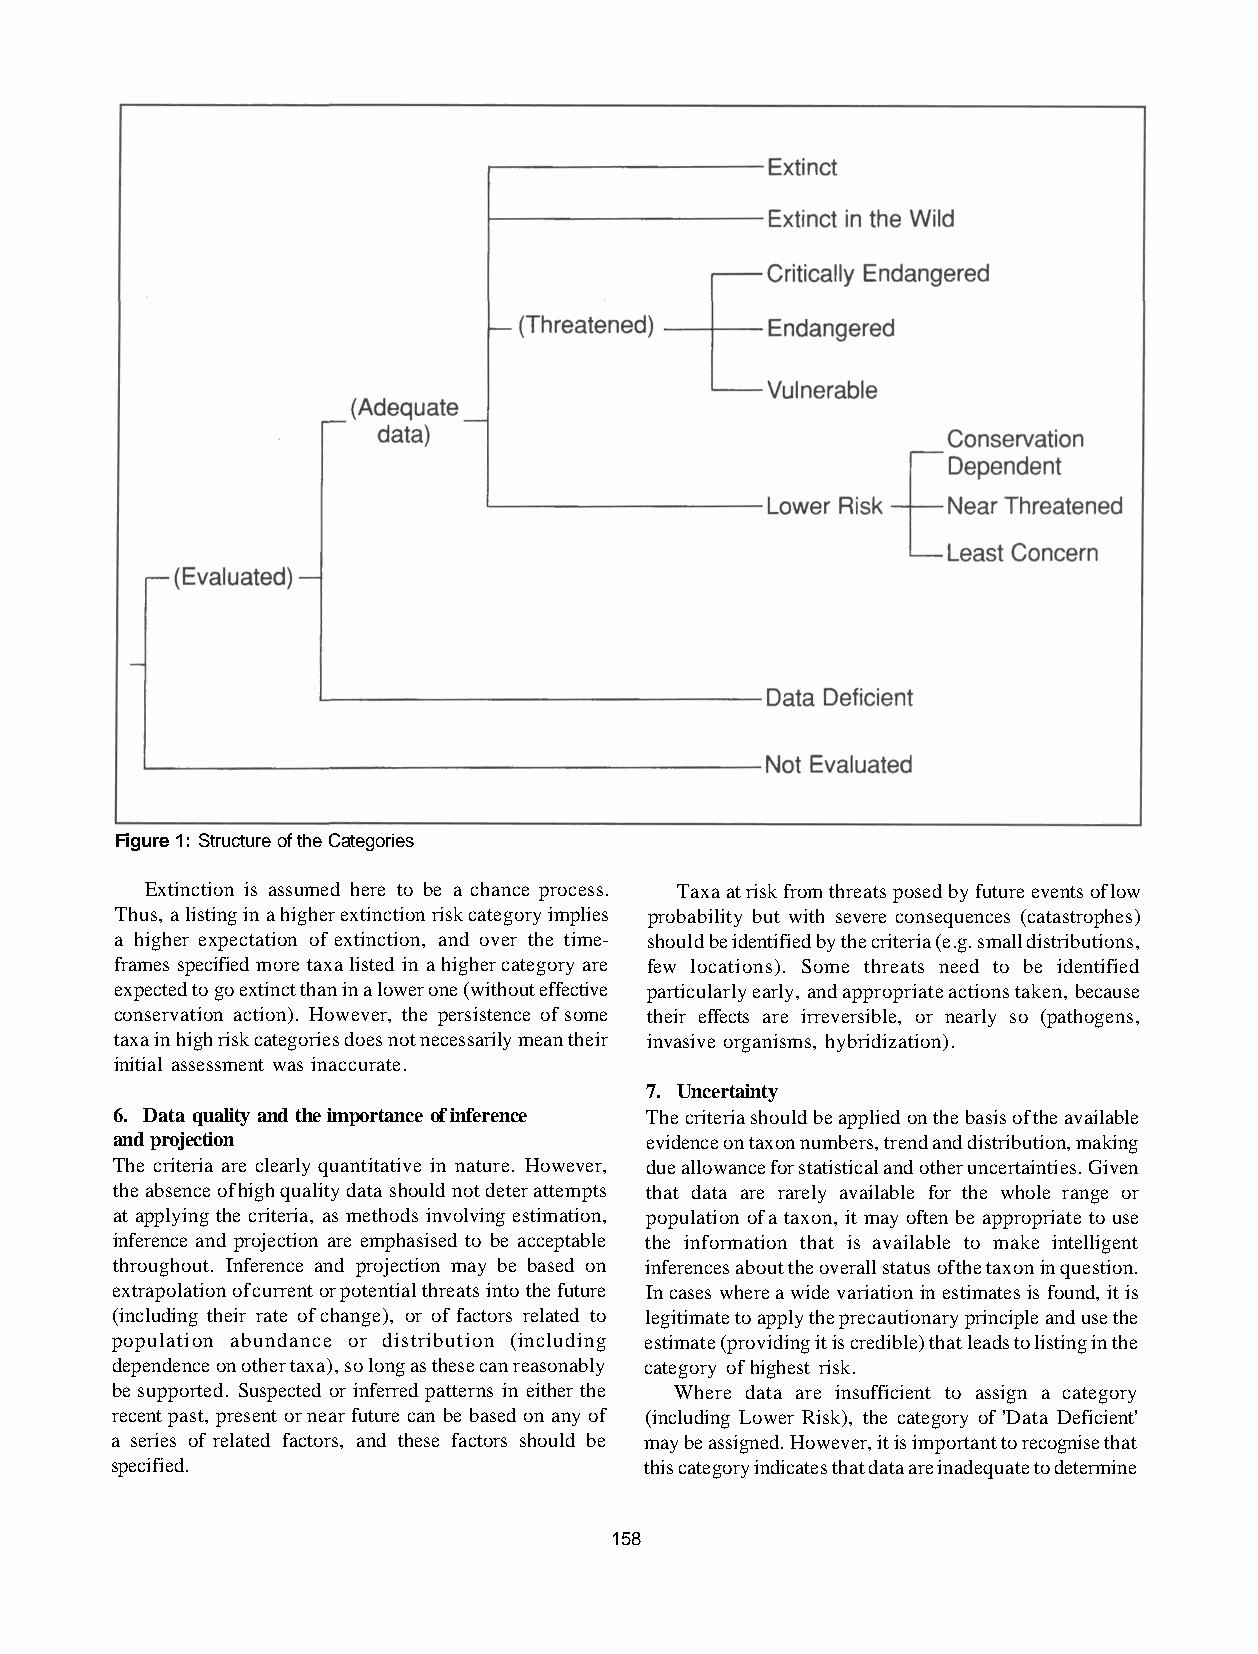
Figure 1: Structure of the Categories
 Extinction is assumed here to be a chance process. Taxa at risk from threats posed by future events of low
 Thus, a listing in a higher extinction risk category implies probability but with severe consequences (catastrophes)
 a higher expectation of extinction, and over the time- should be identified by the criteria (e.g. small distributions,
 frames specified more taxa listed in a higher category are few locations). Some threats need to be identified
 expected to go extinct than in a lower one (without effective particularly early, and appropriate actions taken, because
 conservation action). However, the persistence of some their effects are irreversible, or nearly so (pathogens,
 taxa in high risk categories does not necessarily mean their invasive organisms, hybridization).
 initial assessment was inaccurate.
 7. Uncertainty
 6. Data quality and the importance of inference The criteria should be applied on the basis of the available
 and projection                     evidence on taxon numbers, trend and distribution, making
 The criteria are clearly quantitative in nature. However, due allowance for statistical and other uncertainties. Given
 the absence of high quality data should not deter attempts that data are rarely available for the whole range or
 at applying the criteria, as methods involving estimation, population of a taxon, it may often be appropriate to use
 inference and projection are emphasised to be acceptable the information that is available to make intelligent
 throughout. Inference and projection may be based on inferences about the overall status of the taxon in question.
 extrapolation of current or potential threats into the future In cases where a wide variation in estimates is found, it is
 (including their rate of change), or of factors related to legitimate to apply the precautionary principle and use the
 population abundance or distribution (including estimate (providing it is credible) that leads to listing in the
 dependence on other taxa), so long as these can reasonably category of highest risk.
 be supported. Suspected or inferred patterns in either the Where data are insufficient to assign a category
 recent past, present or near future can be based on any of (including Lower Risk), the category of 'Data Deficient'
 a series of related factors, and these factors should be may be assigned. However, it is important to recognise that
 specified.                          this category indicates that data are inadequate to determine
 158